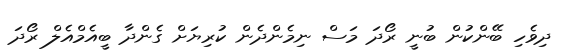
ދިވެހި ބޭންކުން ބުނީ ރޯދަ މަސް ނިމެންދެން ކުރިޔަށް ގެންދާ ބީއެމްއެލް ރޯދަ